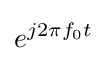
e^{j2\pi f_{0}t}